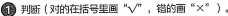
1判断(对的在括号里画”√”，错的画”×”)。